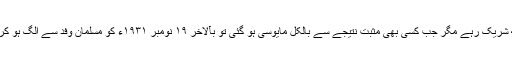
کچھ اجلاسوں میں ایک اندازِ لاتعلقی کے ساتھ شریک رہے مگر جب کسی بھی مثبت نتیجے سے بالکل مایوسی ہو گئی تو بآلاخر ١٩ نومبر ١٩٣١ء کو مسلمان وفد سے الگ ہو کر اس کانفرنس سے علانیہ کنارہ کش ہو گئے۔